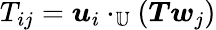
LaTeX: T_{ij}=\boldsymbol{u}_{i}\cdot_{\mathbb{U}}\left(\boldsymbol{T}\boldsymbol{w}_{j}\right)